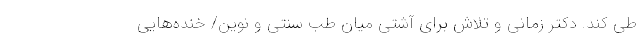
طی کند. دکتر زمانی و تلاش برای آشتی میان طب سنتی و نوین/ خنده‌هایی